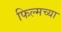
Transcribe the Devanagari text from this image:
फिल्मच्या